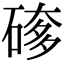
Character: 䃎